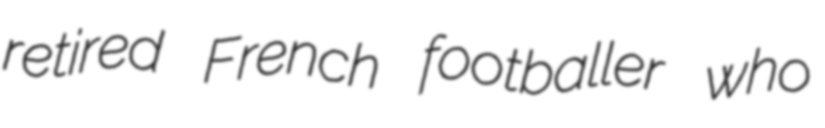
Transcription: retired French footballer who